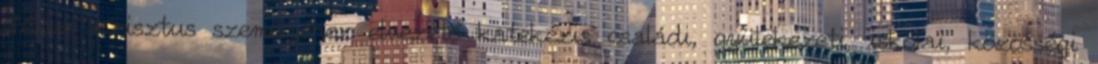
Jézus Krisztus személyéhez elvezető katekézis családi, gyülekezeti, iskolai, közösségi